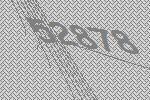
52878